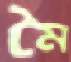
মৈ